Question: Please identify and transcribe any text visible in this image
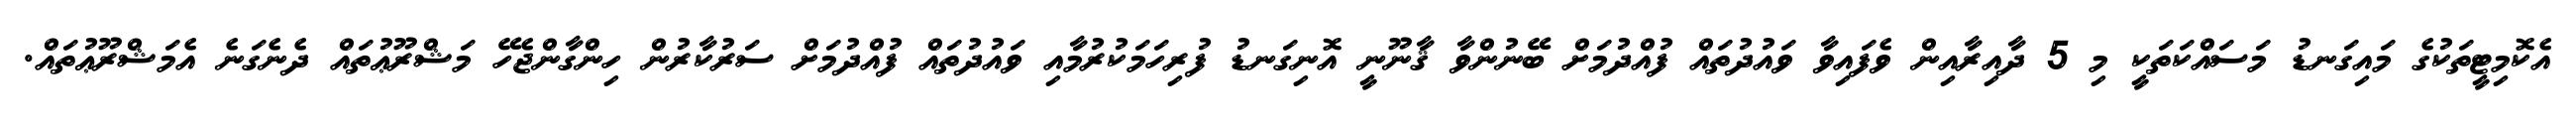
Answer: އެކޮމިޓީތަކުގެ މައިގަނޑު މަސައްކަތަކީ މި 5 ދާއިރާއިން ވެފައިވާ ވައުދުތައް ފުއްދުމަށް ބޭނުންވާ ޤާނޫނީ އޮނިގަނޑު ފުރިހަމަކުރުމާއި ވައުދުތައް ފުއްދުމަށް ސަރުކާރުން ހިންގާންޖެހޭ މަޝްރޫޢުތައް ދެނެގަނެ އެމަޝްރޫޢުތައް.